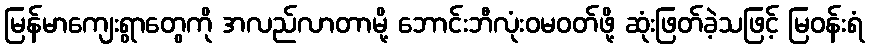
မြန်မာကျေးရွာတွေကို အလည်လာတာမို့ ဘောင်းဘီလုံးဝမဝတ်ဖို့ ဆုံးဖြတ်ခဲ့သဖြင့် မြဝန်းရံ